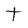
Character: t